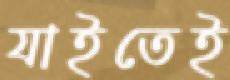
যাইতেই